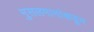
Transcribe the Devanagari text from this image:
मुसलमानांकडून